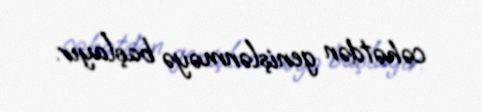
cəhətdən genişlənməyə başlayır.